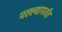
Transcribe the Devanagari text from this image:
पल्ल्यापर्यंत